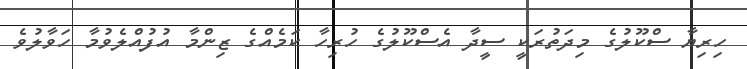
ހިރިޔާ ސްކޫލުގެ މިދަތުރަކީ ސީދާ އެސްކޫލުގެ ހުރިހާ ކަމެއްގެ ޒިންމާ އުފުއްލެވުމާ ހަވާލުވެ